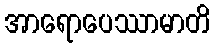
အာရောပေဿာမာတိ